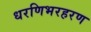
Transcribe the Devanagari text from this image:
धरणिभरहरण